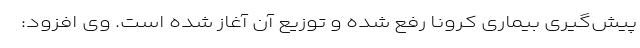
پیش‌گیری بیماری کرونا رفع شده ‌و توزیع آن آغاز شده است. وی افزود: